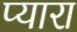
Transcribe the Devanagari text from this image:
प्‍यारा